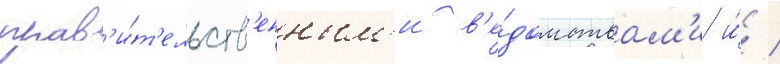
прав'и́т'ельств'енным'и в'е́домствам'и и́ /